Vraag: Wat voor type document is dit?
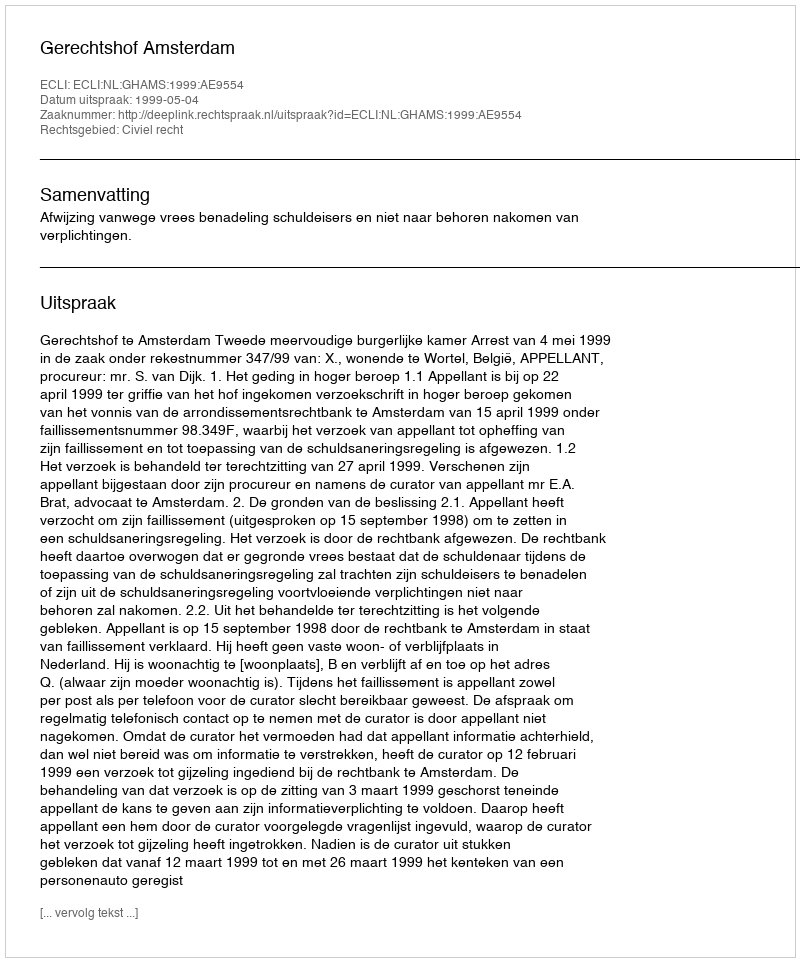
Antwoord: Uitspraak